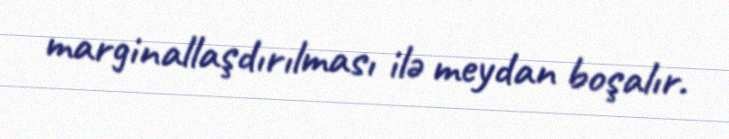
marginallaşdırılması ilə meydan boşalır.